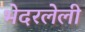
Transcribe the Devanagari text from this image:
भेदरलेली